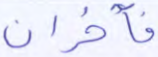
فآخران